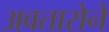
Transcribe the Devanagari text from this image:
अवतारोने